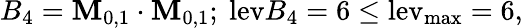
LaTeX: B_{4}=\mathbf{M}_{0,1}\cdot\mathbf{M}_{0,1};~\mathrm{{lev}}{B_{4}}=6\le\mathrm{{{lev}_{\mathrm{{{max}}}}=6,}}